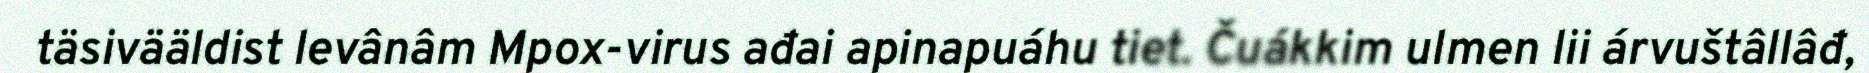
täsivääldist levânâm Mpox-virus ađai apinapuáhu tiet. Čuákkim ulmen lii árvuštâllâđ,